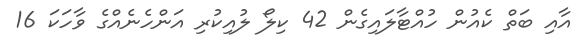
އާއި ބަތް ކެއުން ހުއްޓާލައިގެން 42 ކިލޯ ލުއިކުރި އަންހެނެއްގެ ވާހަކަ 16